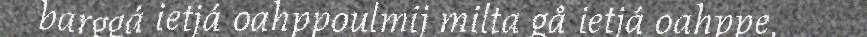
barggá ietjá oahppoulmij milta gå ietjá oahppe,